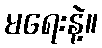
မရေးနဲ့။